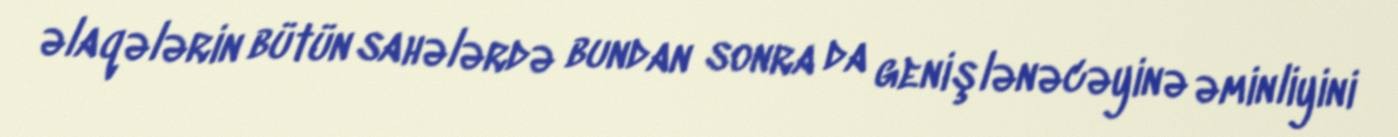
əlaqələrin bütün sahələrdə bundan sonra da genişlənəcəyinə əminliyini